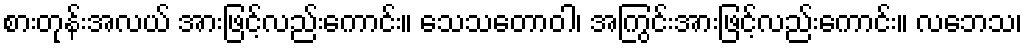
စားတုန်းအလယ် အားဖြင့်လည်းကောင်း။ သေသတောဝါ၊ အကြွင်းအားဖြင့်လည်းကောင်း။ လဘေသ၊